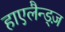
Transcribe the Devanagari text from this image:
हाएलैन्ड्ज़